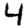
Digit: 4